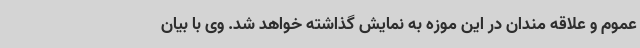
عموم و علاقه مندان در این موزه به نمایش گذاشته خواهد شد. وی با بیان